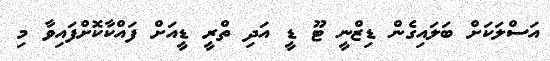
އަސްލަކަށް ބަލައިގެން ޑިޒްނީ ޓޫ ޑީ އަދި ތްރީ ޑީއަށް ފައްކާކޮށްފައިވާ މި